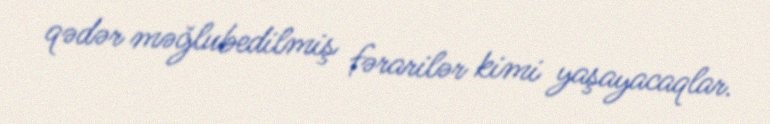
qədər məğlubedilmiş fərarilər kimi yaşayacaqlar.